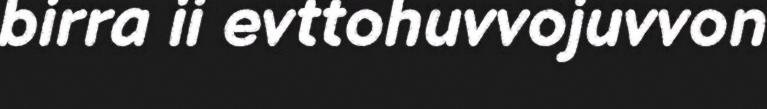
birra ii evttohuvvojuvvon